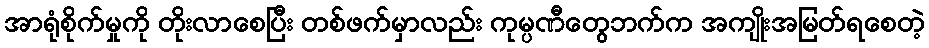
အာရုံစိုက်မှုကို တိုးလာစေပြီး တစ်ဖက်မှာလည်း ကုမ္ပဏီတွေဘက်က အကျိုးအမြတ်ရစေတဲ့